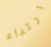
ارتداء